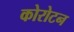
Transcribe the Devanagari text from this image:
कोरोटन